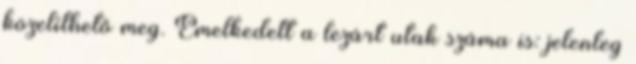
közelíthető meg. Emelkedett a lezárt utak száma is: jelenleg